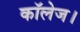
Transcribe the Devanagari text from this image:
कॉलेज।